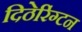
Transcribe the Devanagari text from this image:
दिठेरिंग्टन